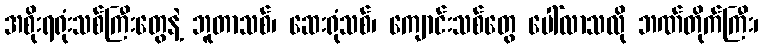
အစိုးရရုံးသစ်ကြီးတွေနဲ့ ဘူတာသစ်၊ ဆေးရုံသစ်၊ ကျောင်းသစ်တွေ ပေါ်လာသလို ဘဏ်တိုက်ကြီး၊